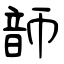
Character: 韴